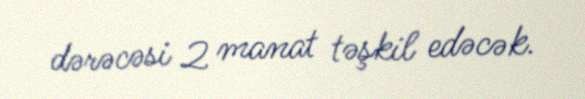
dərəcəsi 2 manat təşkil edəcək.